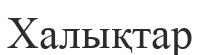
Халықтар